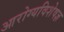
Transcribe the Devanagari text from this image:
आरोग्यविशेषज्ञ